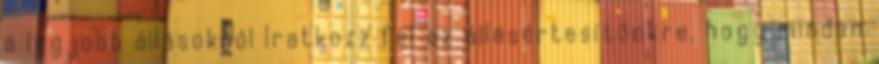
a legjobb állásokról Iratkozz fel az állásértesítőnkre, hogy minden